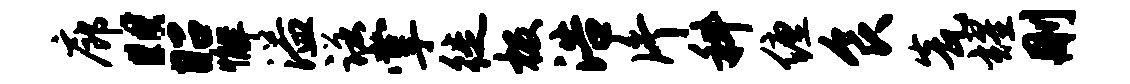
廊“昭懈溢诺掌徙极浩片科缠食瓮耀删